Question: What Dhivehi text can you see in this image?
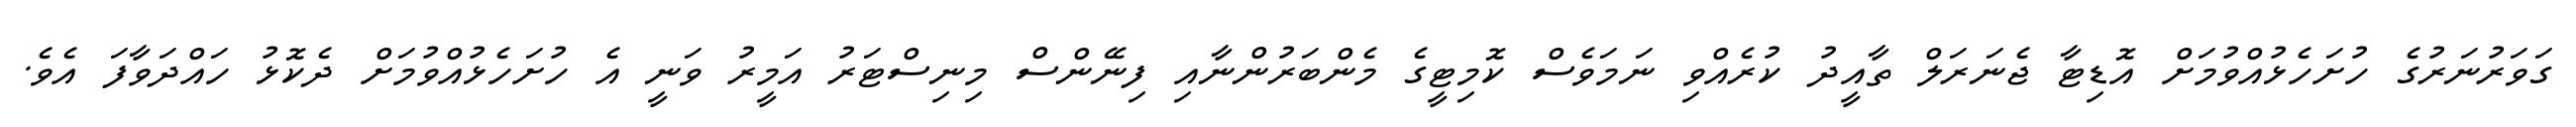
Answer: ގަވަރުނަރުގެ ހުށަހެޅުއްވުމަށް އޮޑިޓާ ޖެނަރަލް ތާއީދު ކުރެއްވި ނަމަވެސް ކޮމިޓީގެ މެންބަރުންނާއި ފިނޭންސް މިނިސްޓަރު އަމީރު ވަނީ އެ ހުށަހެޅުއްވުމަށް ދެކޮޅު ހައްދަވާފަ އެވެ.